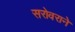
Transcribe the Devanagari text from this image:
सरोवराने